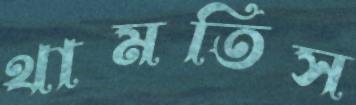
থামতিস